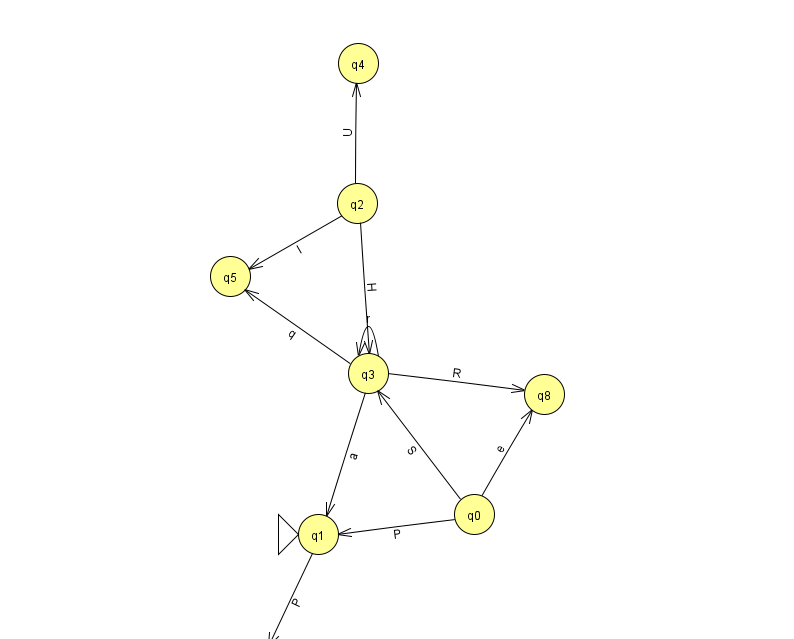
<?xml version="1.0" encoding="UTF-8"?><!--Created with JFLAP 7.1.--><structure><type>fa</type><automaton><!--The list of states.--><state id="0" name="q0"><x>474.0</x><y>501.0</y></state><state id="1" name="q1"><x>318.0</x><y>521.0</y><initial/></state><state id="2" name="q2"><x>357.0</x><y>190.0</y></state><state id="3" name="q3"><x>368.0</x><y>360.0</y></state><state id="4" name="q4"><x>358.0</x><y>50.0</y></state><state id="5" name="q5"><x>230.0</x><y>263.0</y></state><state id="7" name="q7"><x>258.0</x><y>649.0</y></state><state id="8" name="q8"><x>544.0</x><y>381.0</y></state><!--The list of transitions.--><transition><from>2</from><to>5</to><read>I</read></transition><transition><from>3</from><to>1</to><read>a</read></transition><transition><from>3</from><to>3</to><read>r</read></transition><transition><from>2</from><to>4</to><read>U</read></transition><transition><from>0</from><to>1</to><read>P</read></transition><transition><from>0</from><to>3</to><read>S</read></transition><transition><from>2</from><to>3</to><read>H</read></transition><transition><from>3</from><to>5</to><read>q</read></transition><transition><from>0</from><to>8</to><read>e</read></transition><transition><from>1</from><to>7</to><read>P</read></transition><transition><from>3</from><to>8</to><read>R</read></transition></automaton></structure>